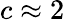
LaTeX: c\approx 2